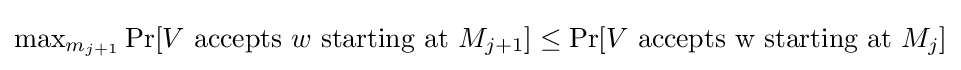
\max \nolimits _{m_{j+1}}\Pr[V{\text{ accepts }}w{\text{ starting at }}M_{j+1}]\leq \Pr[V{\text{ accepts w starting at }}M_{j}]